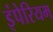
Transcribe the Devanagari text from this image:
इंपेरियम